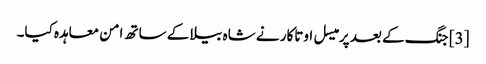
[3] جنگ کے بعد پرمیسل اوتاکار نے شاہ بیلا کے ساتھ امن معاہدہ کیا۔